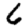
Digit: 6